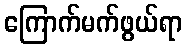
ကြောက်မက်ဖွယ်ရာ